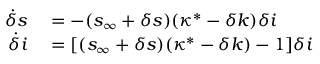
\begin{array} { r l } { \dot { \delta } s } & { { } = - ( s _ { \infty } + \delta s ) ( \kappa ^ { * } - \delta k ) \delta i } \\ { \dot { \delta } i } & { { } = [ ( s _ { \infty } + \delta s ) ( \kappa ^ { * } - \delta k ) - 1 ] \delta i } \end{array}